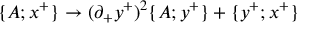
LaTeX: \{ A ; x ^ { + } \} \rightarrow ( \partial _ { + } y ^ { + } ) ^ { 2 } \{ A ; y ^ { + } \} + \{ y ^ { + } ; x ^ { + } \}